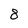
Character: 8